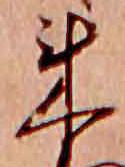
来